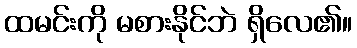
ထမင်းကို မစားနိုင်ဘဲ ရှိလေ၏။